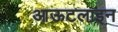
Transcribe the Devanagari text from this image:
आऊटलाइन